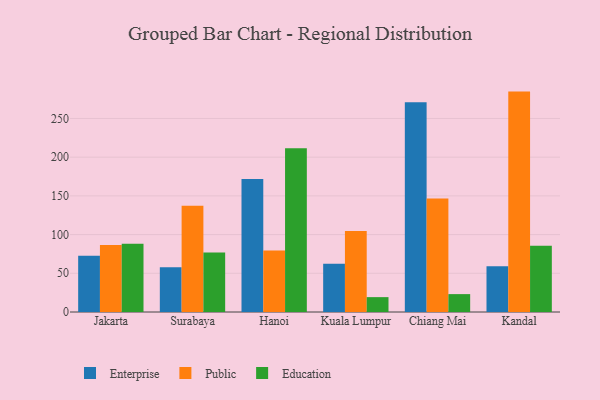
{"axis": {"x": "City", "y": "Gross Profit (USD K)"}, "legend": ["Education", "Enterprise", "Public"], "data": [{"x": "Jakarta", "y": 72.6, "type": "Enterprise"}, {"x": "Jakarta", "y": 86.6, "type": "Public"}, {"x": "Jakarta", "y": 88.3, "type": "Education"}, {"x": "Surabaya", "y": 57.7, "type": "Enterprise"}, {"x": "Surabaya", "y": 137.4, "type": "Public"}, {"x": "Surabaya", "y": 76.7, "type": "Education"}, {"x": "Hanoi", "y": 171.8, "type": "Enterprise"}, {"x": "Hanoi", "y": 79.6, "type": "Public"}, {"x": "Hanoi", "y": 211.4, "type": "Education"}, {"x": "Kuala Lumpur", "y": 62.3, "type": "Enterprise"}, {"x": "Kuala Lumpur", "y": 104.7, "type": "Public"}, {"x": "Kuala Lumpur", "y": 19.2, "type": "Education"}, {"x": "Chiang Mai", "y": 270.9, "type": "Enterprise"}, {"x": "Chiang Mai", "y": 146.7, "type": "Public"}, {"x": "Chiang Mai", "y": 23.1, "type": "Education"}, {"x": "Kandal", "y": 59.0, "type": "Enterprise"}, {"x": "Kandal", "y": 284.7, "type": "Public"}, {"x": "Kandal", "y": 85.6, "type": "Education"}]}